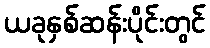
ယခုနှစ်ဆန်းပိုင်းတွင်